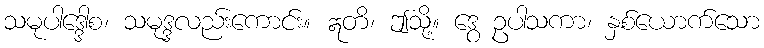
သမုပါဒ္ဒေါစ၊ သမုဒ္ဒလည်းကောင်း။ ဣတိ၊ ဤသို့။ ဒွေ ဥပါသကာ၊ နှစ်ယောက်သော